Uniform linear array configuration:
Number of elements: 32
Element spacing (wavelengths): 0.5
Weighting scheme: binomial
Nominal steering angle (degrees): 0
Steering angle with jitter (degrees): -1.668
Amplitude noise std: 0.05
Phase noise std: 0.05

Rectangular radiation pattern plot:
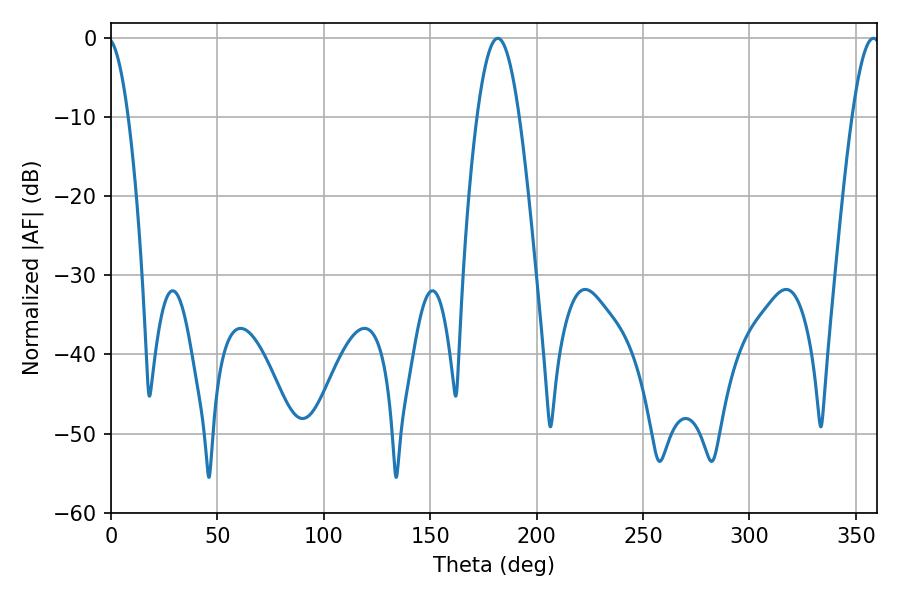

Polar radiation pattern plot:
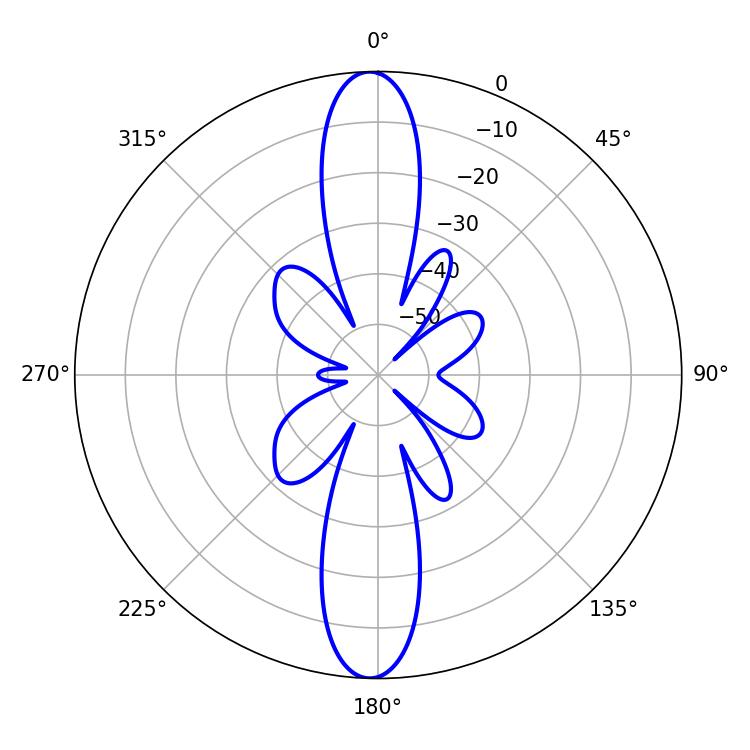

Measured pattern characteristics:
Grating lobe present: FALSE
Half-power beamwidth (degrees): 10.8
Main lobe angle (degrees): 181.8